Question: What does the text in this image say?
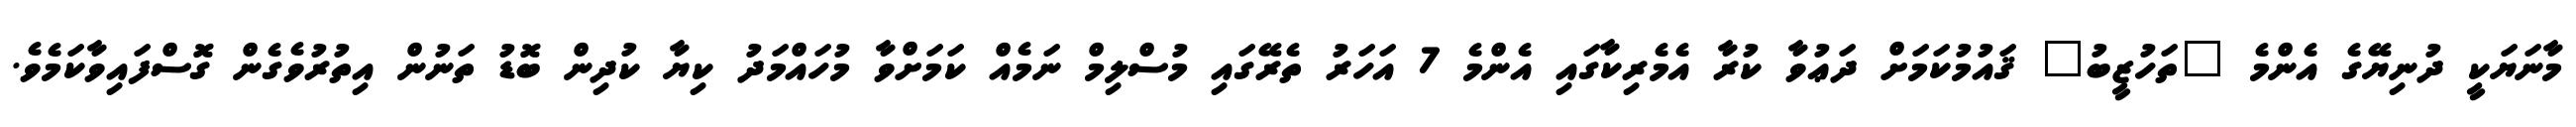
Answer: މާނަޔަކީ ދުނިޔޭގެ އެންމެ "ތަހުޒީބު" ޤައުމުކަމަށް ދަޢުވާ ކުރާ އެމެރިކާގައި އެންމެ 7 އަހަރު ތެރޭގައި މުސްލިމް ނަމެއް ކަމަށްވާ މުހައްމަދު ކިޔާ ކުދިން ބޮޑު ތަނުން އިތުރުވެގެން ގޮސްފައިވާކަމެވެ.